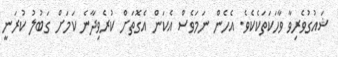
ޝައުގުވެރިވާ ވާހަކަތަކެކެވެ. އެހެން ނަމަވެސް އެކަން އެގޮތަށް ކުރެވިދާނެ ކަމަށް ގަބުލު ކުރަނީ